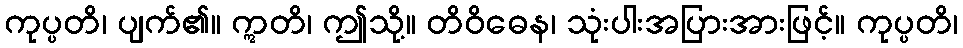
ကုပ္ပတိ၊ ပျက်၏။ ဣတိ၊ ဤသို့။ တိဝိဓေန၊ သုံးပါးအပြားအားဖြင့်။ ကုပ္ပတိ၊